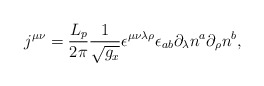
\begin{align*}j^{\mu \nu }=\frac{L_p}{2\pi }\frac 1{\sqrt{g_x}}\epsilon ^{\mu \nu \lambda\rho }\epsilon _{ab}\partial _\lambda n^a\partial _\rho n^b,\end{align*}